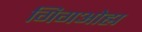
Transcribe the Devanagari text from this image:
गिगओह्म